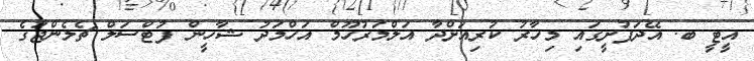
އީޓީ ބ. އޭދަފުށީގައި މިހާރު ކުރިއަށްދާ އަލްމަރުހޫމް އަހްމަދު ޝާހީން ފުޓްސަލް ޗެލެންޖުގެ